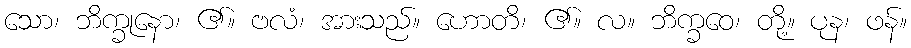
သော၊ ဘိက္ခုနော၊ ၏။ ဗလံ၊ အားသည်။ ဟောတိ၊ ၏။ လ။ ဘိက္ခဝေ၊ တို့။ ပုန၊ ဖန်။